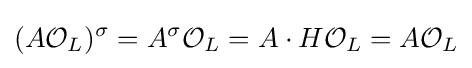
(A{\mathcal {O}}_{L})^{\sigma }=A^{\sigma }{\mathcal {O}}_{L}=A\cdot H{\mathcal {O}}_{L}=A{\mathcal {O}}_{L}